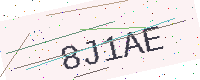
Text: 8J1AE